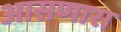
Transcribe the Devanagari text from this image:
आसणारा